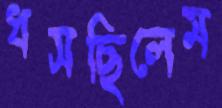
ধসছিলেম